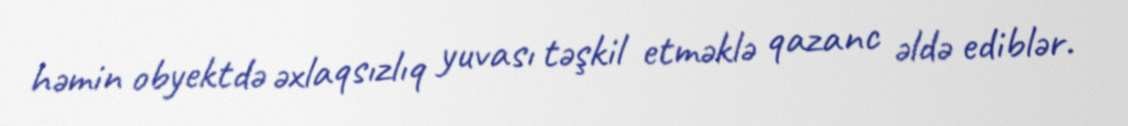
həmin obyektdə əxlaqsızlıq yuvası təşkil etməklə qazanc əldə ediblər.